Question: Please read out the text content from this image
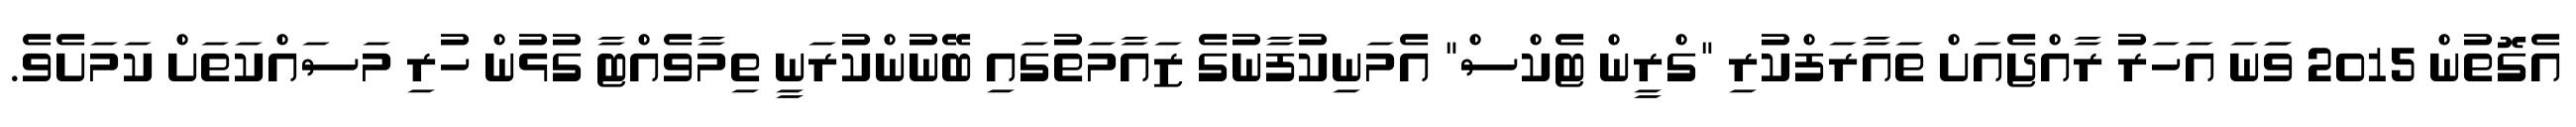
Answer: އެގޮތުން 2015 ވަަނަ އަހަރު ރާއްޖެއަށް ތައާރަފްކުރި "ގްރީން ޓެކްސް" އެމަނިކުފާނުގެ ޒައާމަތުގައި ބޭނުންކުރަނީ ތިމާވެއްޓާ ގުޅުން ހުރި މަސައްކަތަށް ކަމަށެވެ.